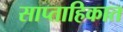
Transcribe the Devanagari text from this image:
साप्‍ताहिकात